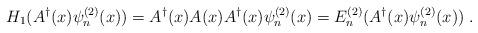
LaTeX: \begin{align*}H_1 (A^\dagger(x)\psi_n^{(2)}(x))= A^\dagger(x)A(x)A^\dagger(x)\psi_n^{(2)}(x) = E_n^{(2)}(A^\dagger(x)\psi_n^{(2)}(x))\;.\end{align*}